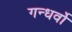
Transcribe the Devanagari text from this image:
गन्धर्वो